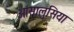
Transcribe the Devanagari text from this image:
आंसालुसिया